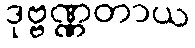
ဒုဗ္ဗဏ္ဏတာယ